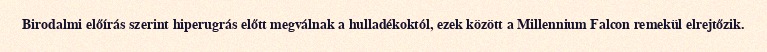
Birodalmi előírás szerint hiperugrás előtt megválnak a hulladékoktól, ezek között a Millennium Falcon remekül elrejtőzik.